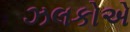
ઝલકોએ